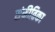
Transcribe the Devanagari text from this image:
संकीतिका